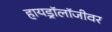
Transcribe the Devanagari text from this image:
हायड्रॉलॉजीवर